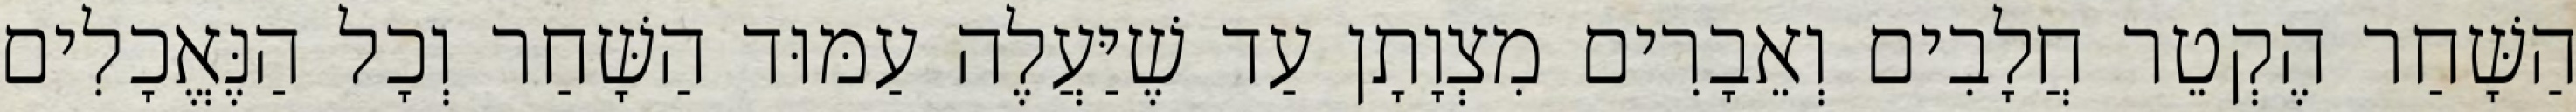
הַשָּׁחַר הֶקְטֵר חֲלָבִים וְאֵבָרִים מִצְוָתָן עַד שֶׁיַּעֲלֶה עַמּוּד הַשָּׁחַר וְכָל הַנֶּאֱכָלִים